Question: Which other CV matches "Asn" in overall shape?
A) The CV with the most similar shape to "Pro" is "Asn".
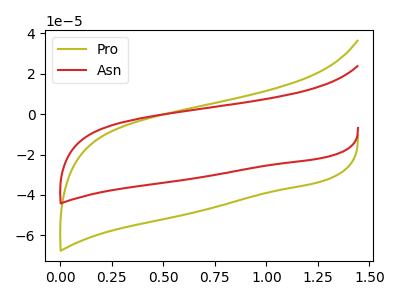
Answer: <think>The olive curve "Pro" has no peaks. The red curve "Asn" has no peaks.
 Neither "Pro" or "Asn" have any peaks.</think>
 <answer>A) The CV with the most similar shape to "Pro" is "Asn".</answer>
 <eval>A</eval>